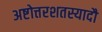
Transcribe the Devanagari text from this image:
अष्टोत्तरशतस्यादौ